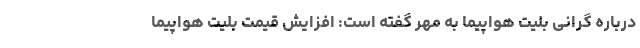
درباره گرانی بلیت هواپیما به مهر گفته است: افزایش قیمت بلیت هواپیما